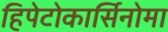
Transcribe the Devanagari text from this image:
हिपेटोकार्सिनोमा